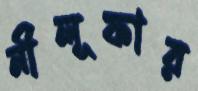
নীলূফার